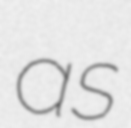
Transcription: as